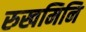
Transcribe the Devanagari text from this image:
रुखमिनि